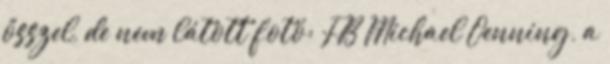
ősszel, de nem látott fotó: FB Michael Oenning, a